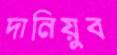
দানিয়ুব